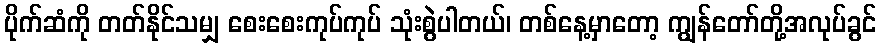
ပိုက်ဆံကို တတ်နိုင်သမျှ စေးစေးကုပ်ကုပ် သုံးစွဲပါတယ်၊ တစ်နေ့မှာတော့ ကျွန်တော်တို့အလုပ်ခွင်